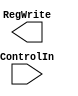
module Control(ControlIn, RegWrite);


input ControlIn;
output reg RegWrite;

always @(ControlIn) begin


end

endmodule